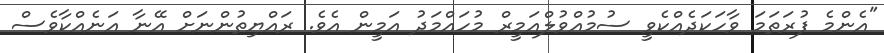
"އެންމެ ފުރަތަމަ ވާހަކަދެއްކެވީ ސުމުއްވުލްއަމީރް މުހައްމަދު އަމީން އެވެ. ރައްޔިތުންނަށް އޭނާ އަނެއްކާވެސް